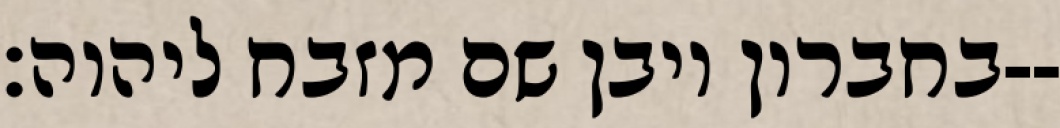
בחברון ויבן שם מזבח ליהוה׃--